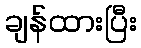
ချန်ထားပြီး